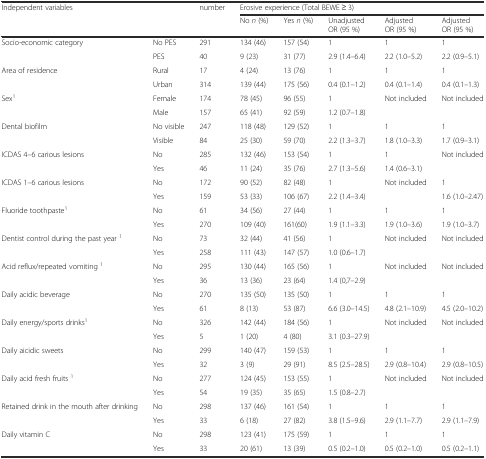
<table><thead><tr><td rowspan="2" colspan="2"><b>Independent variables</b></td><td rowspan="2"><b>number</b></td><td colspan="5"><b>Erosive experience (Total BEWE ≥ 3)</b></td></tr><tr><td><b>No <i>n</i> (%)</b></td><td><b>Yes <i>n</i> (%)</b></td><td><b>Unadjusted OR (95 %)</b></td><td><b>Adjusted OR (95 %)</b></td><td><b>Adjusted OR (95 %)</b></td></tr></thead><tbody><tr><td>Socio-economic category</td><td>No PES</td><td>291</td><td>134 (46)</td><td>157 (54)</td><td>1</td><td>1</td><td>1</td></tr><tr><td></td><td>PES</td><td>40</td><td>9 (23)</td><td>31 (77)</td><td>2.9 (1.4–6.4)</td><td>2.2 (1.0–5.2)</td><td>2.2 (0.9–5.1)</td></tr><tr><td>Area of residence</td><td>Rural</td><td>17</td><td>4 (24)</td><td>13 (76)</td><td>1</td><td>1</td><td>1</td></tr><tr><td></td><td>Urban</td><td>314</td><td>139 (44)</td><td>175 (56)</td><td>0.4 (0.1–1.2)</td><td>0.4 (0.1–1.4)</td><td>0.4 (0.1–1.3)</td></tr><tr><td>Sex<sup>1</sup></td><td>Female</td><td>174</td><td>78 (45)</td><td>96 (55)</td><td>1</td><td>Not included</td><td>Not included</td></tr><tr><td></td><td>Male</td><td>157</td><td>65 (41)</td><td>92 (59)</td><td>1.2 (0.7–1.8)</td><td></td><td></td></tr><tr><td>Dental biofilm</td><td>No visible</td><td>247</td><td>118 (48)</td><td>129 (52)</td><td>1</td><td>1</td><td>1</td></tr><tr><td></td><td>Visible</td><td>84</td><td>25 (30)</td><td>59 (70)</td><td>2.2 (1.3–3.7)</td><td>1.8 (1.0–3.3)</td><td>1.7 (0.9–3.1)</td></tr><tr><td>ICDAS 4–6 carious lesions</td><td>No</td><td>285</td><td>132 (46)</td><td>153 (54)</td><td>1</td><td>1</td><td>Not included</td></tr><tr><td></td><td>Yes</td><td>46</td><td>11 (24)</td><td>35 (76)</td><td>2.7 (1.3–5.6)</td><td>1.4 (0.6–3.1)</td><td></td></tr><tr><td>ICDAS 1–6 carious lesions</td><td>No</td><td>172</td><td>90 (52)</td><td>82 (48)</td><td>1</td><td>Not included</td><td>1</td></tr><tr><td></td><td>Yes</td><td>159</td><td>53 (33)</td><td>106 (67)</td><td>2.2 (1.4–3.4)</td><td></td><td>1.6 (1.0–2.47)</td></tr><tr><td>Fluoride toothpaste<sup>1</sup></td><td>No</td><td>61</td><td>34 (56)</td><td>27 (44)</td><td>1</td><td>1</td><td>1</td></tr><tr><td></td><td>Yes</td><td>270</td><td>109 (40)</td><td>161(60)</td><td>1.9 (1.1–3.3)</td><td>1.9 (1.0–3.6)</td><td>1.9 (1.0–3.7)</td></tr><tr><td>Dentist control during the past year <sup>1</sup></td><td>No</td><td>73</td><td>32 (44)</td><td>41 (56)</td><td>1</td><td>Not included</td><td>Not included</td></tr><tr><td></td><td>Yes</td><td>258</td><td>111 (43)</td><td>147 (57)</td><td>1.0 (0.6–1.7)</td><td></td><td></td></tr><tr><td>Acid reflux/repeated vomiting <sup>1</sup></td><td>No</td><td>295</td><td>130 (44)</td><td>165 (56)</td><td>1</td><td>Not included</td><td>Not included</td></tr><tr><td></td><td>Yes</td><td>36</td><td>13 (36)</td><td>23 (64)</td><td>1.4 (0,7–2.9)</td><td></td><td></td></tr><tr><td>Daily acidic beverage</td><td>No</td><td>270</td><td>135 (50)</td><td>135 (50)</td><td>1</td><td>1</td><td>1</td></tr><tr><td></td><td>Yes</td><td>61</td><td>8 (13)</td><td>53 (87)</td><td>6.6 (3.0–14.5)</td><td>4.8 (2.1–10.9)</td><td>4.5 (2.0–10.2)</td></tr><tr><td>Daily energy/sports drinks<sup>1</sup></td><td>No</td><td>326</td><td>142 (44)</td><td>184 (56)</td><td>1</td><td>Not included</td><td>Not included</td></tr><tr><td></td><td>Yes</td><td>5</td><td>1 (20)</td><td>4 (80)</td><td>3.1 (0.3–27.9)</td><td></td><td></td></tr><tr><td>Daily aicidic sweets</td><td>No</td><td>299</td><td>140 (47)</td><td>159 (53)</td><td>1</td><td>1</td><td>1</td></tr><tr><td></td><td>Yes</td><td>32</td><td>3 (9)</td><td>29 (91)</td><td>8.5 (2.5–28.5)</td><td>2.9 (0.8–10.4)</td><td>2.9 (0.8–10.5)</td></tr><tr><td>Daily acid fresh fruits <sup>1</sup></td><td>No</td><td>277</td><td>124 (45)</td><td>153 (55)</td><td>1</td><td>Not included</td><td>Not included</td></tr><tr><td></td><td>Yes</td><td>54</td><td>19 (35)</td><td>35 (65)</td><td>1.5 (0.8–2.7)</td><td></td><td></td></tr><tr><td>Retained drink in the mouth after drinking</td><td>No</td><td>298</td><td>137 (46)</td><td>161 (54)</td><td>1</td><td>1</td><td>1</td></tr><tr><td></td><td>Yes</td><td>33</td><td>6 (18)</td><td>27 (82)</td><td>3.8 (1.5–9.6)</td><td>2.9 (1.1–7.7)</td><td>2.9 (1.1–7.9)</td></tr><tr><td>Daily vitamin C</td><td>No</td><td>298</td><td>123 (41)</td><td>175 (59)</td><td>1</td><td>1</td><td>1</td></tr><tr><td></td><td>Yes</td><td>33</td><td>20 (61)</td><td>13 (39)</td><td>0.5 (0.2–1.0)</td><td>0.5 (0.2–1.0)</td><td>0.5 (0.2–1.1)</td></tr></tbody></table>